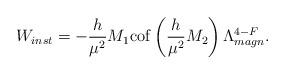
LaTeX: \begin{align*}W_{inst}=- \frac{h}{\mu^2} M_1 {\rm cof}\left(\frac{h}{\mu^2} M_2\right) \Lambda_{magn}^{4-F}.\end{align*}